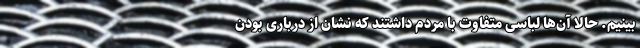
بینیم. حالا آن‌ها لباسی متفاوت با مردم داشتند که نشان از درباری بودن